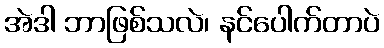
အဲဒါ ဘာဖြစ်သလဲ၊ နင်ပေါက်တာပဲ